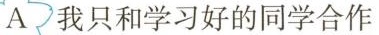
A 我只和学习好的同学合作